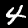
Label: 4